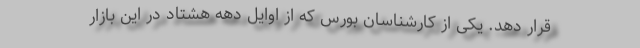
قرار دهد. یکی از کارشناسان بورس که از اوایل دهه هشتاد در این بازار